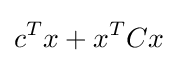
c^{T}x+x^{T}Cx